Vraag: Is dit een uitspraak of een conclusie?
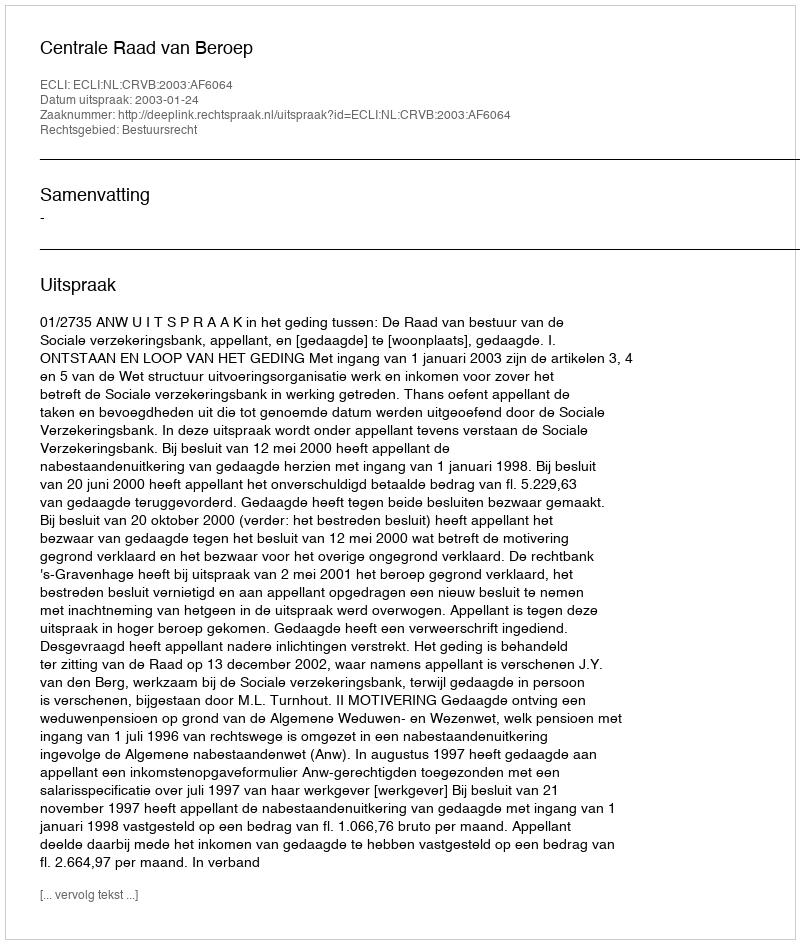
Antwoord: Uitspraak